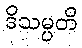
ဒိသမ္ပတိ